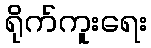
ရိုက်ကူးရေး